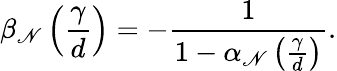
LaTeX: \beta_{\mathscr{N}}\left(\frac{{\gamma}}{{d}}\right)=-\frac{{1}}{{1-\alpha_{\mathscr{N}}\left(\frac{{\gamma}}{{d}}\right)}}.